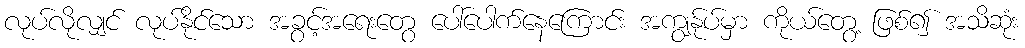
လုပ်လိုလျှင် လုပ်နိုင်သော အခွင့်အရေးတွေ ပေါ်ပေါက်နေကြောင်း အကျွန်ုပ်မှာ ကိုယ်တွေ့ ဖြစ်၍ အသိဆုံး